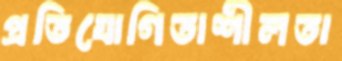
প্রতিযোগিতাশীলতা